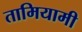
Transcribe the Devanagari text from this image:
तामियामी